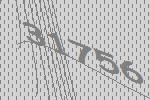
31756